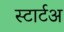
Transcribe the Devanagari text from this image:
स्टार्टअ